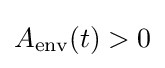
\displaystyle A_{\text{env}}(t)>0